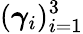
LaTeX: (\boldsymbol{\gamma}_{i})_{i=1}^{3}